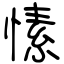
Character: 愫